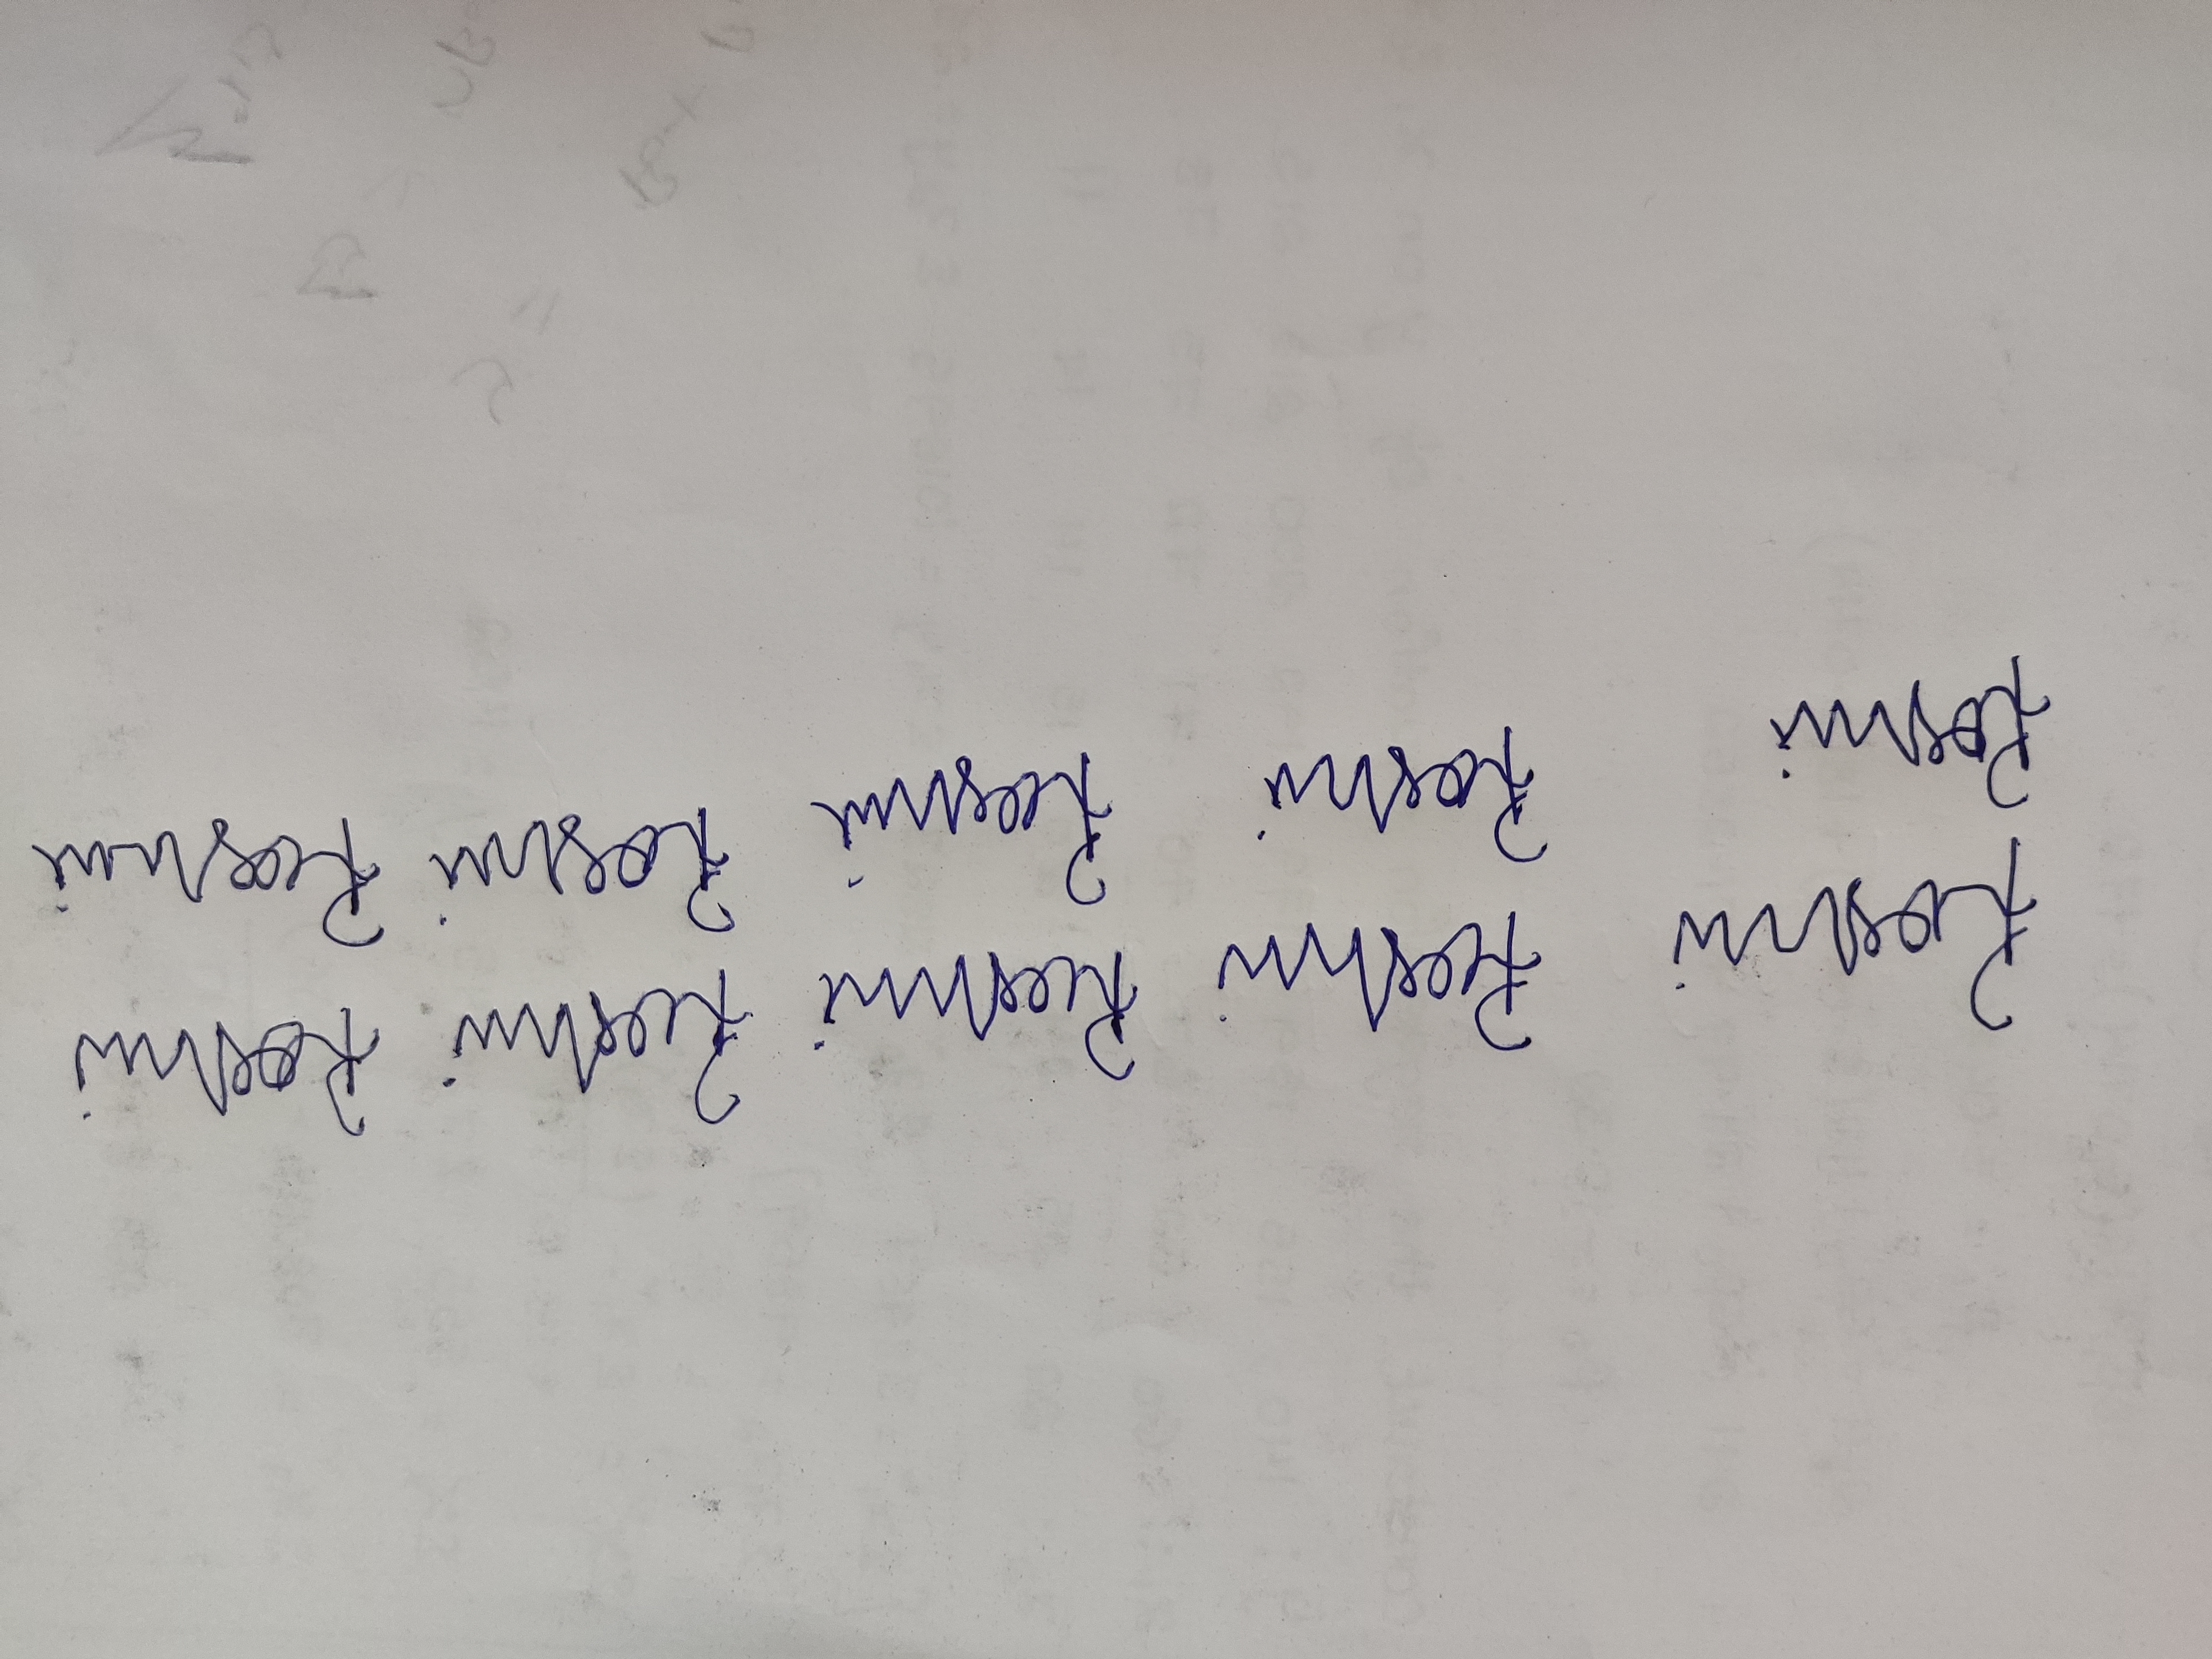
Signature authenticity: forged